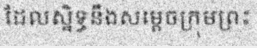
ដែលស្និទ្ធនឹងសម្តេចក្រុមព្រះ